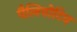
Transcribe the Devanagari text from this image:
पैलियोटिव